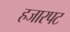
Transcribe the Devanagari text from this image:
हजारपट